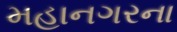
મહાનગરના